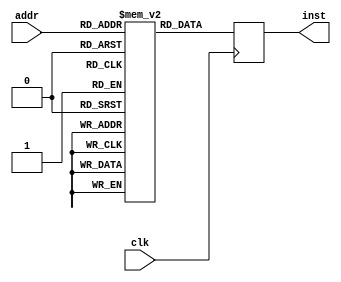
module inst_memory(
    input clk,
    input [2:0] addr,
    output reg [7:0] inst
);

reg [7:0] mem [0:7]; // 8 8 instruction 

initial begin
    mem[0] = 8'b00000000;
    mem[1] = 8'b01010101;
    mem[2] = 8'b10101010;
    mem[3] = 8'b11111111;
    mem[4] = 8'b00001111;
    mem[5] = 8'b01011010;
    mem[6] = 8'b10100101;
    mem[7] = 8'b11110000;
end

always @(posedge clk) begin
    inst <= mem[addr];
end

endmodule